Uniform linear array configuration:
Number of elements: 64
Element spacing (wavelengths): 0.5
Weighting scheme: hamming
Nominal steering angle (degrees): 30
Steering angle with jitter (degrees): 31.365
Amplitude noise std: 0.05
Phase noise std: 0.05

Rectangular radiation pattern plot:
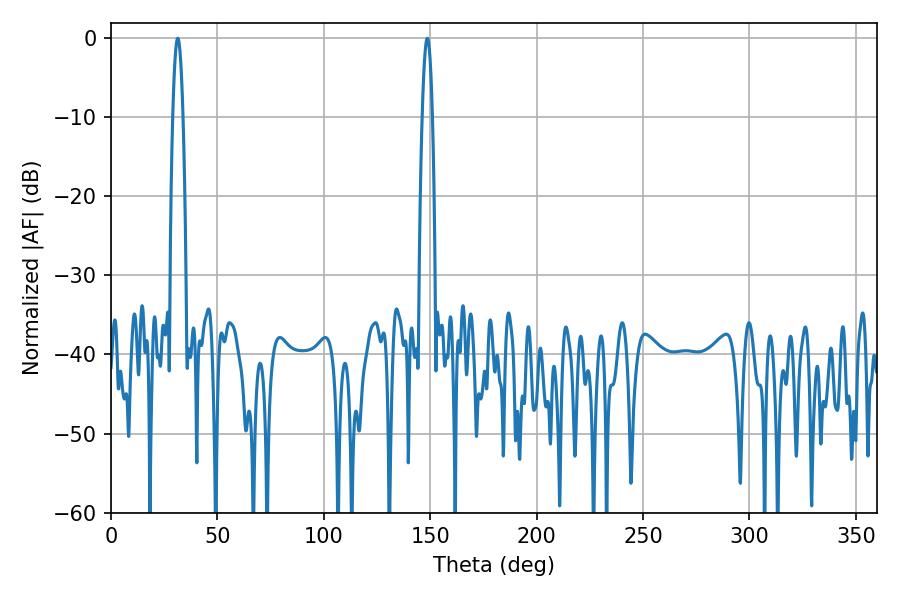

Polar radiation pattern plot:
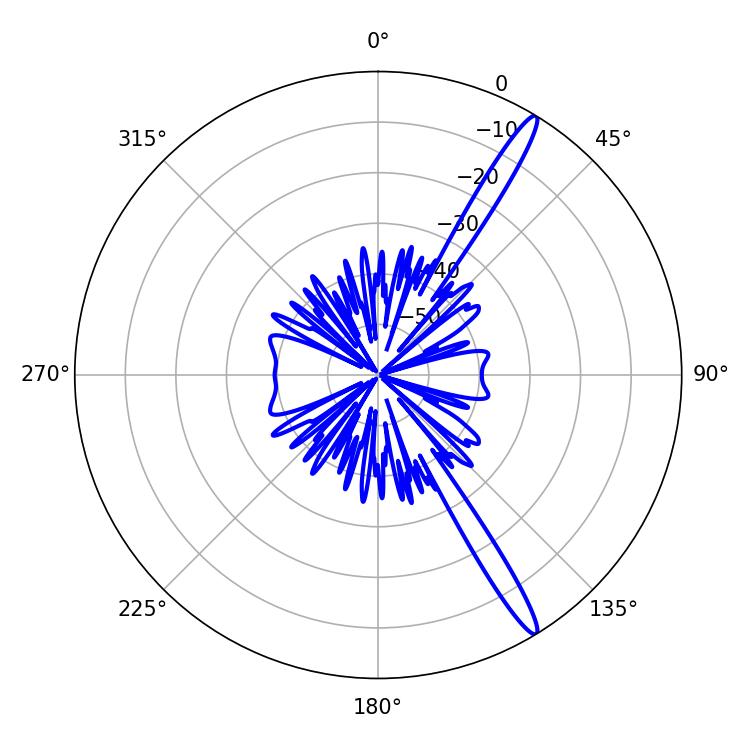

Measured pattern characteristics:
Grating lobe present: FALSE
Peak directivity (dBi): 15.807
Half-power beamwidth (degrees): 2.52
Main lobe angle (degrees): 31.32